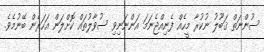
ސުންނަތް ޤަބޫލު ނުކުރާ މީހެއް ފެނިއްޖެނަމަ އަންނަނިވި ސުވާލުތައް ކޮށްލަން އަހަރެން ބޭނުމެވެ.